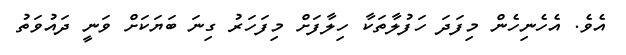
އެވެ. އެހެނިހެން މިފަދަ ހަފުލާތަކާ ހިލާފަށް މިފަހަރު ގިނަ ބަޔަކަށް ވަނީ ދައުވަތު